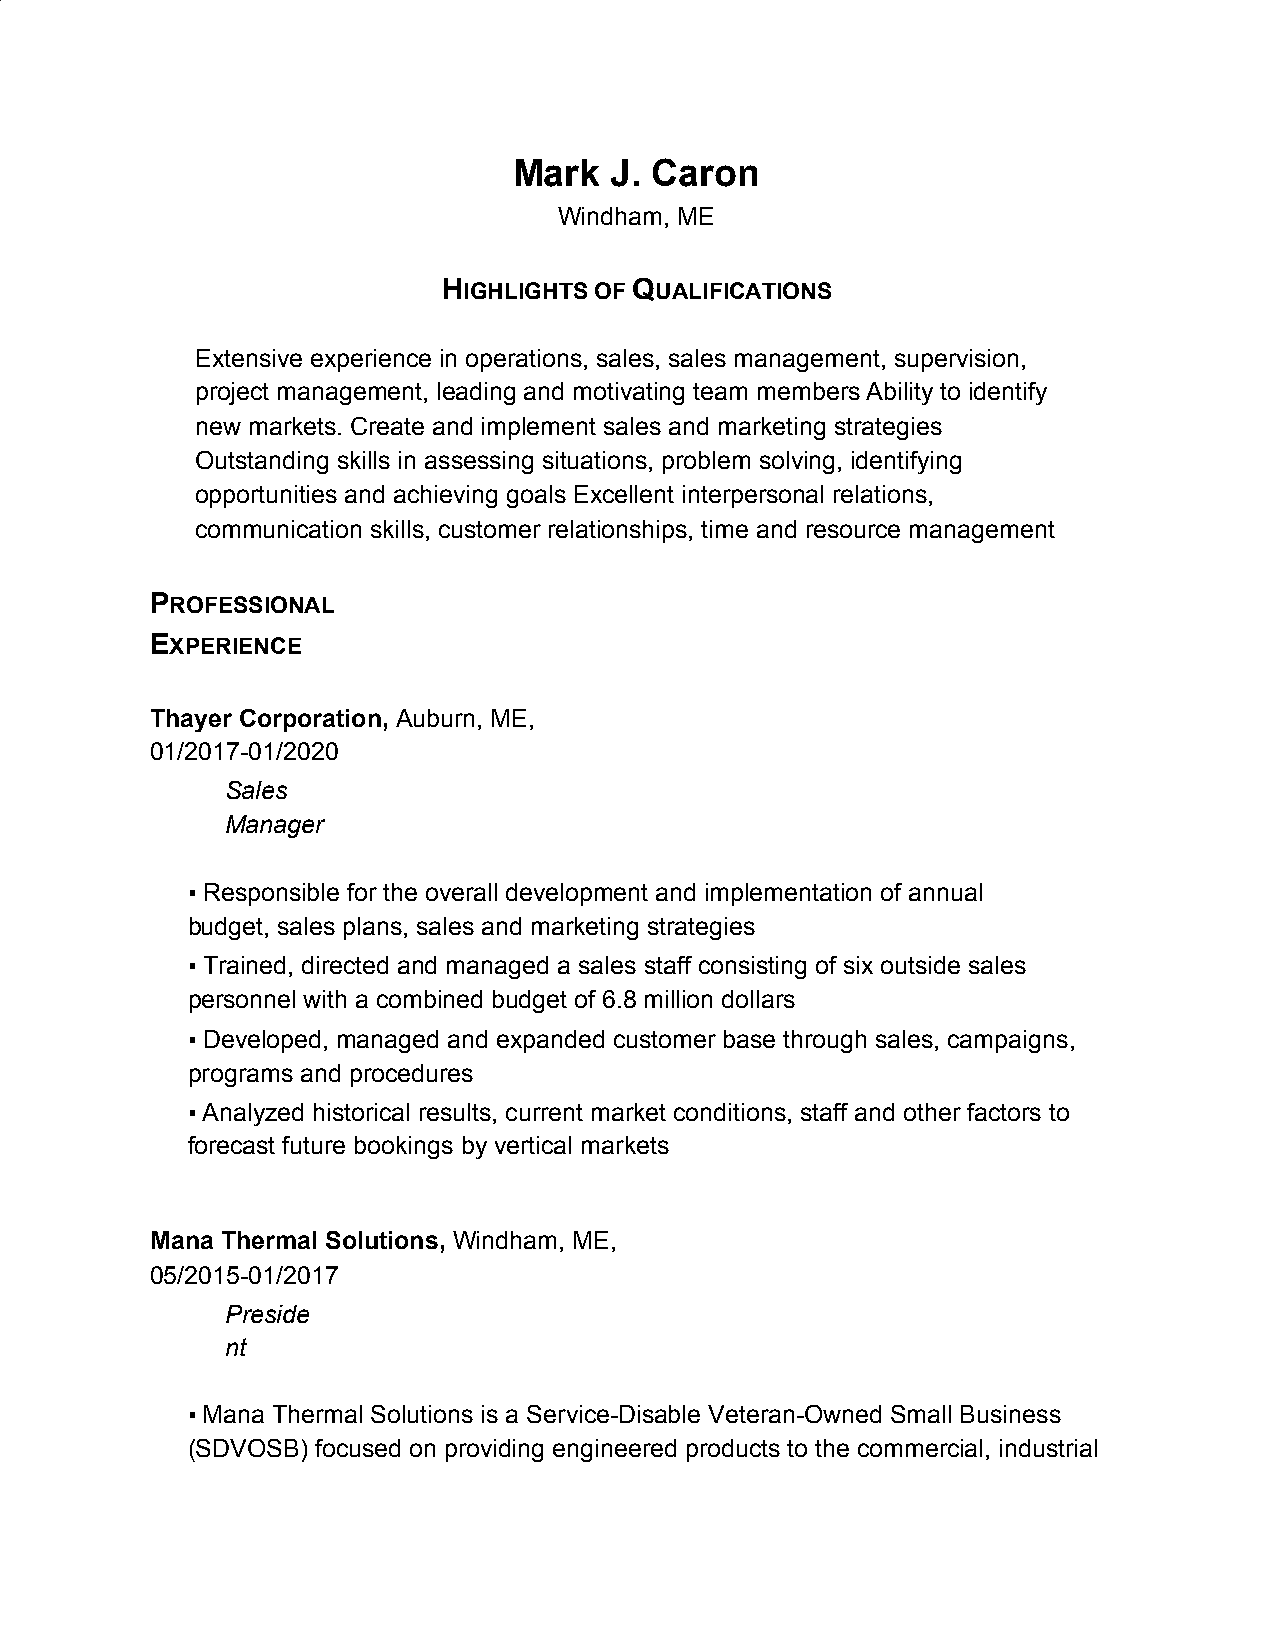
Mark  J. Caron
 Windham, ME
 HIGHLIGHTS OF QUALIFICATIONS
 ​          ​ ​
 Extensive experience in operations, sales, sales management, supervision,
 project management, leading and motivating team members Ability to identify
 new markets. Create and implement sales and marketing strategies
 Outstanding skills in assessing situations, problem solving, identifying
 opportunities and achieving goals Excellent interpersonal relations,
 communication skills, customer relationships, time and resource management
 PROFESSIONAL
 ​
 EXPERIENCE
 ​
 Thayer Corporation, Auburn, ME,
 ​
 01/2017-01/2020
 Sales
 Manager
 ▪ Responsible for the overall development and implementation of annual
 budget, sales plans, sales and marketing strategies
 ▪ Trained, directed and managed a sales staff consisting of six outside sales
 personnel with a combined budget of 6.8 million dollars
 ▪ Developed, managed and expanded customer base through sales, campaigns,
 programs and procedures
 ▪ Analyzed historical results, current market conditions, staff and other factors to
 forecast future bookings by vertical markets
 Mana Thermal Solutions, Windham, ME,
 ​
 05/2015-01/2017
 Preside
 nt
 ▪ Mana Thermal Solutions is a Service-Disable Veteran-Owned Small Business
 (SDVOSB) focused on providing engineered products to the commercial, industrial